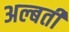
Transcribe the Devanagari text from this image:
अल्बर्ती